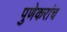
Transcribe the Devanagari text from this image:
पुणेकरांच